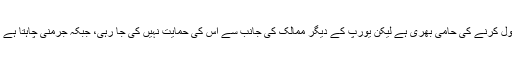
جرمنی کی جانب سے مہاجرین کے لیے کیمپ بنائے گئے ہیں اور جرمنی نے مہاجرین کی بڑی تعداد کو قبول کرنے کی حامی بھری ہے لیکن یورپ کے دیگر ممالک کی جانب سے اس کی حمایت نہیں کی جا رہی، جبکہ جرمنی چاہتا ہے کہ مہاجرین کے حوالے سے کوٹہ مختص کر دیا جائے کہ کس ملک کی ذمہ داری کتنے مہاجرین کی ہوگی۔